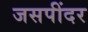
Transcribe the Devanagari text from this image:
जसपींदर